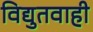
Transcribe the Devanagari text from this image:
विद्युतवाही